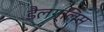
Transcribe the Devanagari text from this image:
डैलग्लिस